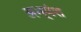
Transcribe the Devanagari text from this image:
अभ्यंश